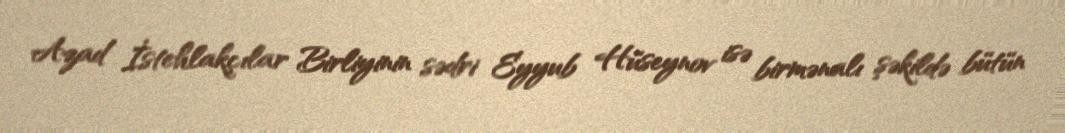
Azad İstehlakçılar Birliyinin sədri Eyyub Hüseynov isə birmənalı şəkildə bütün